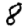
Digit: 8